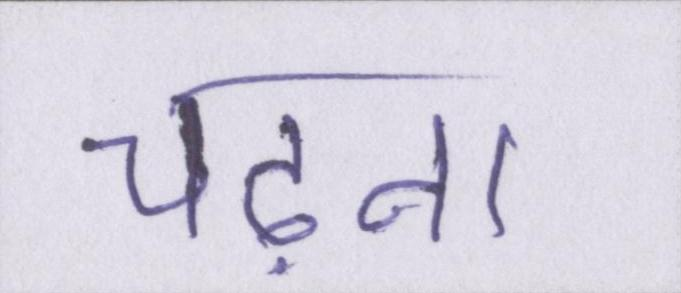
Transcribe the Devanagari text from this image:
चढ़ना